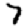
Digit: 7